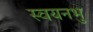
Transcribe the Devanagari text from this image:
स्वयनभु